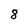
Character: 8